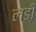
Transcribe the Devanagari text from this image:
लडी़